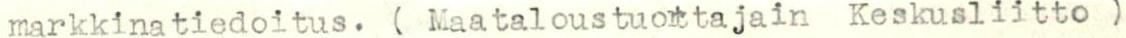
markkinatiedoitus. ( Maataloustuottajain Keskusliitto )